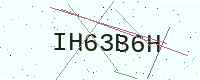
Text: IH63B6H